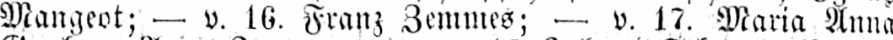
Mangeot; - v. 16. Franz Zemmes; - v. 17. Maria Anna